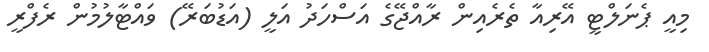
މިއީ ޕެނަލްޓީ އޭރިއާ ތެރެއިން ރާއްޖޭގެ އަސްހަދު އަލީ (އަޑުބަރޭ) ވައްޓާލުމުން ރެފްރީ